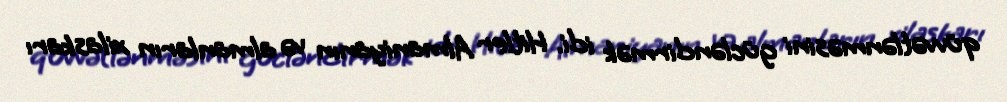
qüvvətlənməsini gücləndirmək idi. Hitler Almaniyanın və almanların xilaskarı